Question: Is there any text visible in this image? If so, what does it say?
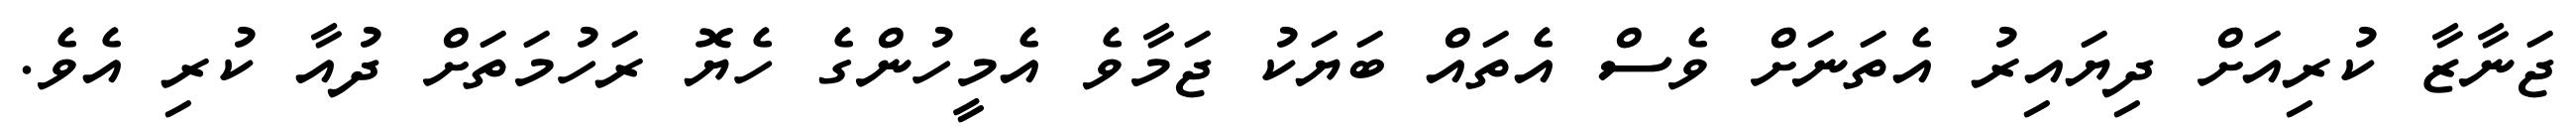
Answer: ޖަނާޒާ ކުރިއަށް ދިޔައިރު އެތަނަށް ވެސް އެތައް ބަޔަކު ޖަމާވެ އެމީހުންގެ ހެޔޮ ރަހުމަތަށް ދުއާ ކުރި އެވެ.